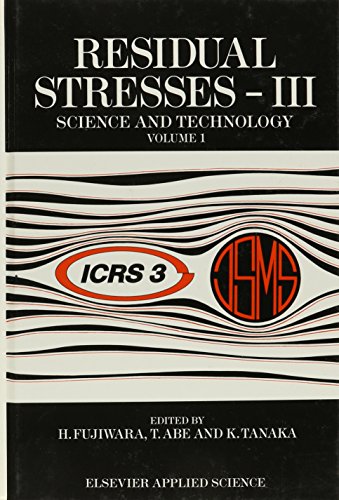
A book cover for Residual Stresses III: Science and technology two volume set; Science & Math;